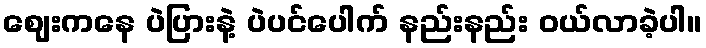
ဈေးကနေ ပဲပြားနဲ့ ပဲပင်ပေါက် နည်းနည်း ဝယ်လာခဲ့ပါ။